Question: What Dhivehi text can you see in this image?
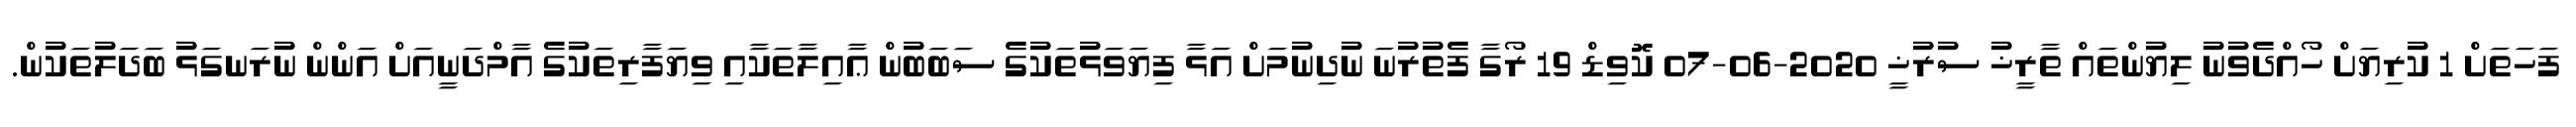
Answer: ފަހަތަށް 1 ކުރިޔަށް ހޯއްދެވުނު ލިޔުންތައް ތާރީޚު ސުރުޚީ 2020-06-07 ކޮވިޑް 19 ރޯގާ ފެތުރުނަ ނުދިނުމަށް އަޅާ ފިޔަވަޅުތަކުގެ ސަބަބުން ޢާއިލާތަކާއި ވިޔަފާރިތަކުގެ އާމްދަނީއަށް އަންން ނުރަނގަޅު ބަދަލުތަކުން.